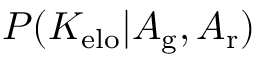
P ( K _ { \mathrm { e l o } } | A _ { \mathrm { g } } , A _ { \mathrm { r } } )